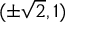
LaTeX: ( \pm { \sqrt { 2 } } , 1 )